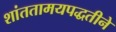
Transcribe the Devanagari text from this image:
शांततामयपद्धतीने